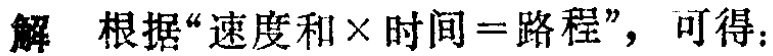
解 根据“速度和×时间 = 路程”，可得：